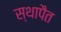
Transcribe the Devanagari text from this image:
स्थापैत